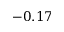
- 0 . 1 7